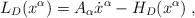
LaTeX: \begin{align*}L_{D}(x^{\alpha })=A_{\alpha }\dot{x}^{\alpha }-H_{D}(x^{\alpha })\;,\end{align*}